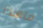
ماهذا